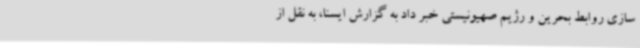
سازی روابط بحرین و رژیم صهیونیستی خبر داد به گزارش ایسنا، به نقل از